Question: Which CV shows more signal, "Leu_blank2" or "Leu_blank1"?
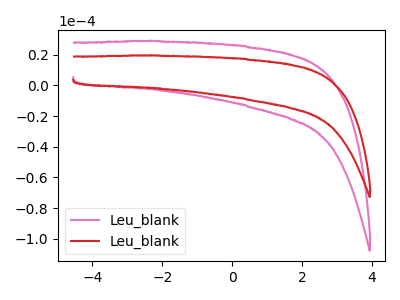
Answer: <think>The pink curve "Leu_blank1" has no peaks. The red curve "Leu_blank2" has no peaks.
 Neither "Leu_blank2" or "Leu_blank1" have any peaks.</think>
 <answer>I cant tell if "Leu_blank2" or "Leu_blank1" has more signal.</answer>
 <eval>mixed_signal</eval>